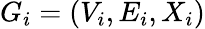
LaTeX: G_{i}=(V_{i},E_{i},X_{i})